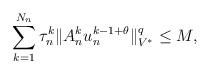
LaTeX: \begin{align*}\sum_{k=1}^{N_n}\tau^k_n\|A^k_n u^{k-1+\theta}_n\|_{V^*}^q \leq M,\end{align*}